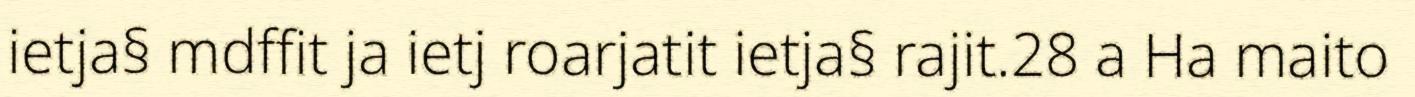
ietja§ mdffit ja ietj roarjatit ietja§ rajit.28 a Ha maito